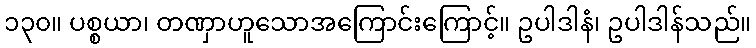
၁၃၀။ ပစ္စယာ၊ တဏှာဟူသောအကြောင်းကြောင့်။ ဥပါဒါနံ၊ ဥပါဒါန်သည်။